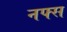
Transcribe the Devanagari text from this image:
नफ्स